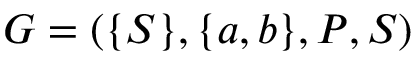
G = ( \{ S \} , \{ a , b \} , P , S )